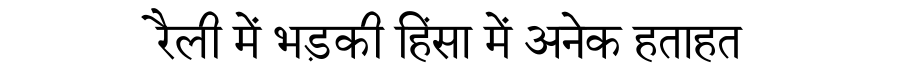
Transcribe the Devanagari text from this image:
रैली में भड़की हिंसा में अनेक हताहत